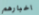
اخبارهم